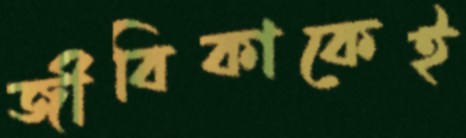
জীবিকাকেই